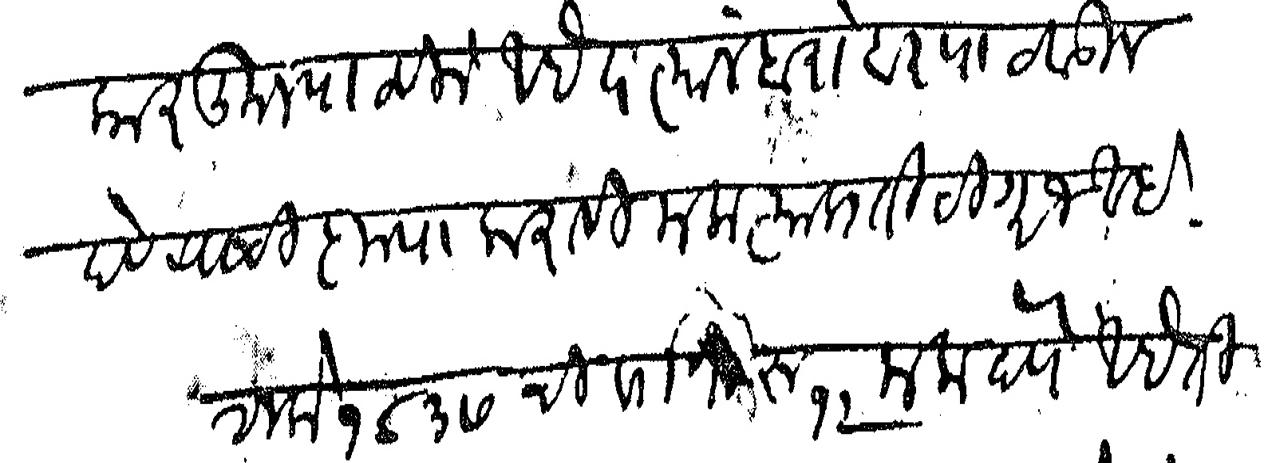
Transliteration (Devanagari): कारकून पाठविले आहेत त्यांजबरोबर पाठवून देण्याची कृपा करावी मला त्या प्रतीची गरज आहे शके १८३७ ची वर्गणी रु १२ मला देणे आहे ती